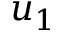
u _ { 1 }